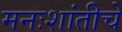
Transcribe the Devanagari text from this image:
मनःशांतीचे